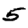
Digit: 5